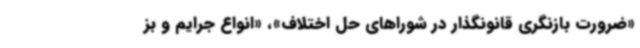
«ضرورت بازنگری قانونگذار در شوراهای حل اختلاف»، «انواع جرایم و بز